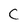
Character: C